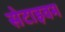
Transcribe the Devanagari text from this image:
सेटाइवम